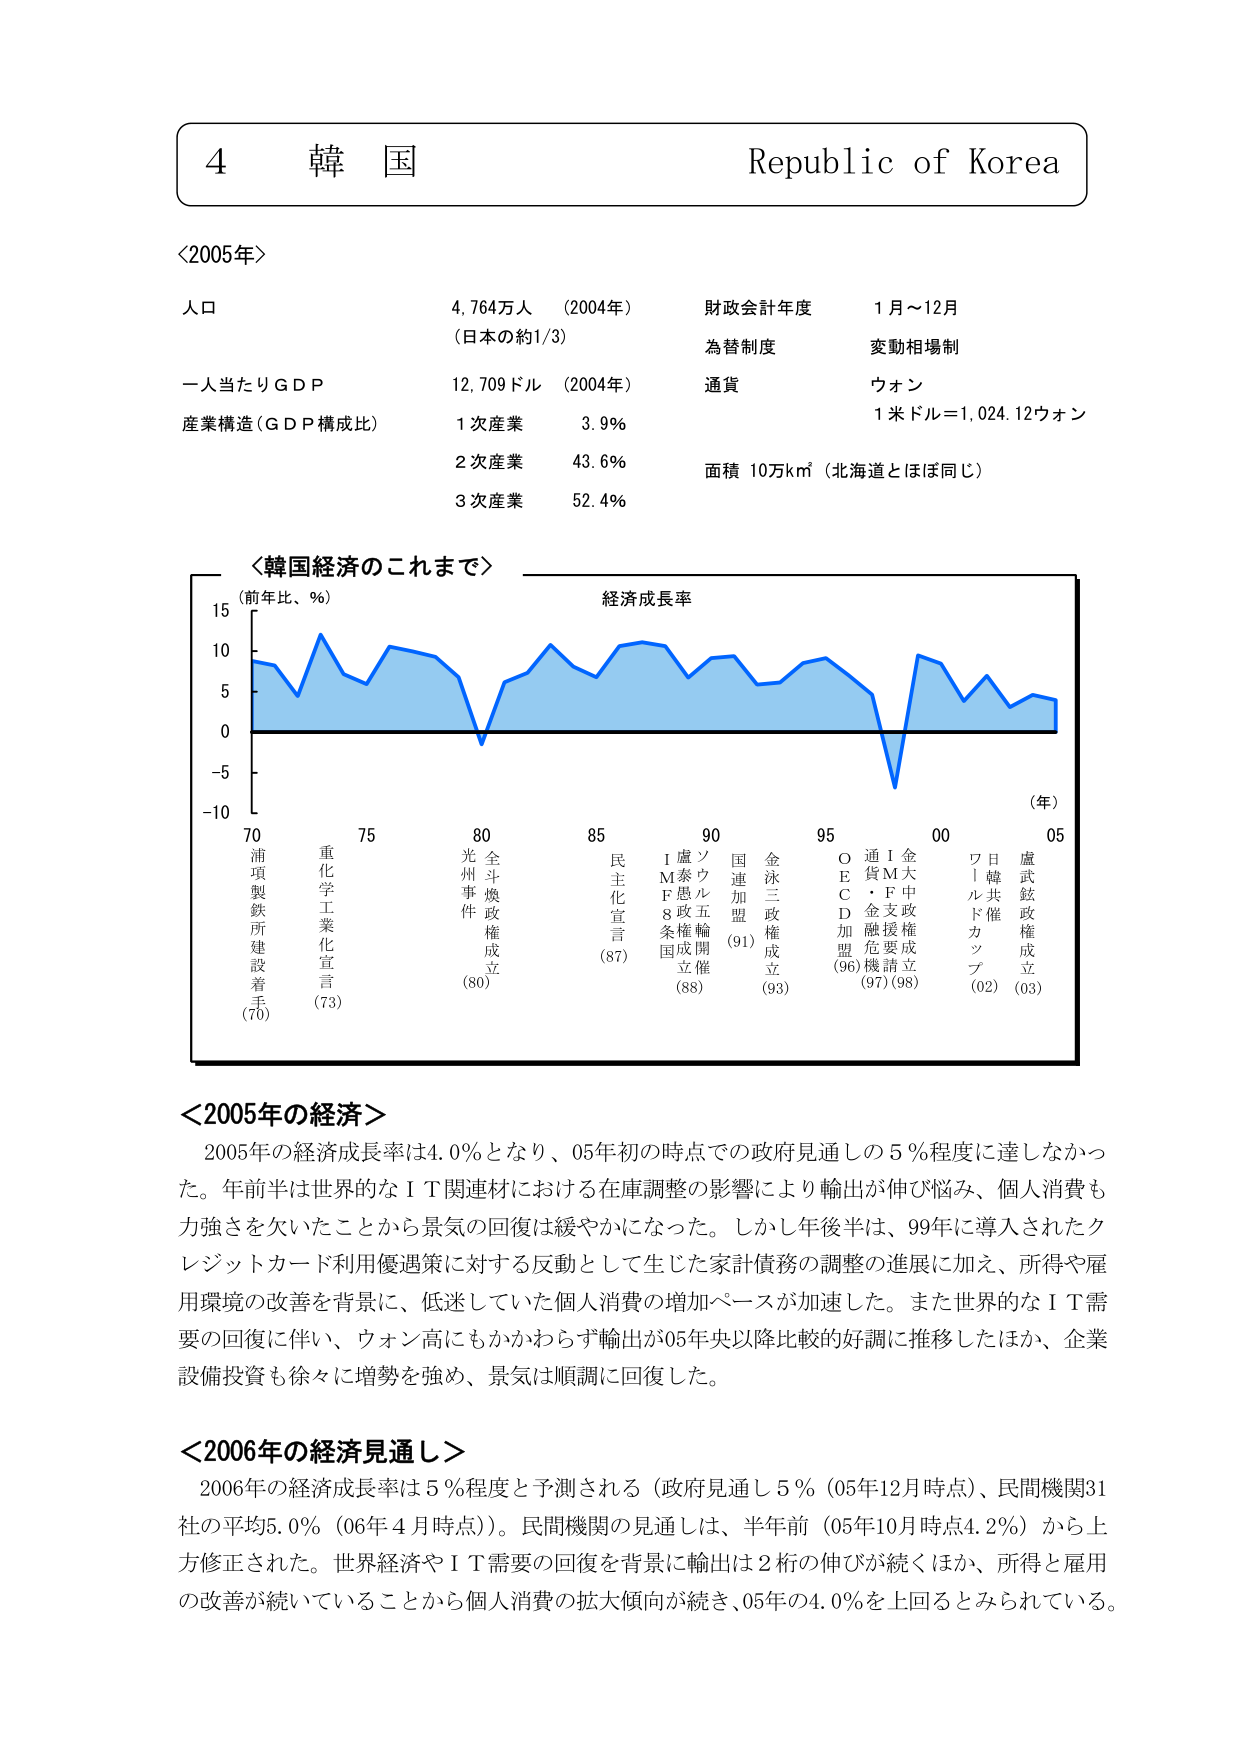
4 韓国 Republic of Korea

〈2005年〉

人口 4,764万人 （2004年） 財政会計年度 1月～12月
（日本の約1/3） 為替制度 変動相場制
一人当たりGDP 12,709ドル （2004年） 通貨 ウォン
産業構造（GDP構成比） 1次産業 3.9% 1米ドル＝1,024.12ウォン
2次産業 43.6% 面積 10万km²（北海道とほぼ同じ）
3次産業 52.4%

〈韓国経済のこれまで〉

（前年比、％） 経済成長率

15
10
5
0
-5
-10

70 75 80 85 90 95 00 05 （年）

浦項製鉄所建設着手（70）
重化学工業化宣言（73）
光州事件（80）
全斗煥政権成立（80）
民主化宣言（87）
IMF8条国成立（88）
盧泰愚五輪開催（88）
国連加盟（91）
金泳三政権成立（93）
OEC D加盟（96）
通貨危機（97）
IMF支援要請（98）
ワールドカップ（02）
日韓共催（02）
盧武鉉政権成立（03）

〈2005年の経済〉

2005年の経済成長率は4.0％となり、05年初の時点での政府見通しの5％程度に達しなかった。年前半は世界的なIT関連材における在庫調整の影響により輸出が伸び悩み、個人消費も力強さを欠いたことから景気の回復は緩やかになった。しかし後半は、99年に導入されたクレジットカード利用優遇策に対する反動として生じた家計債務の調整の進展に加え、所得や雇用環境の改善を背景に、低迷していた個人消費の増加ペースが加速した。また世界的なIT需要の回復に伴い、ウォン高にもかかわらず輸出が05年央以降比較的好調に推移したほか、企業設備投資も徐々に増勢を強め、景気は順調に回復した。

〈2006年の経済見通し〉

2006年の経済成長率は5％程度と予測される（政府見通し5％（05年12月時点）、民間機関31社の平均5.0％（06年4月時点））。民間機関の見通しは、半年前（05年10月時点4.2％）から上方修正された。世界経済やIT需要の回復を背景に輸出は2桁の伸びが続くほか、所得と雇用の改善が続いていることから個人消費の拡大傾向が続き、05年の4.0％を上回るとみられている。